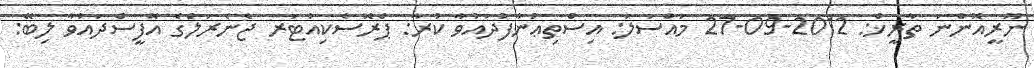
ނޫރީއޮންނަ ތާރީޚް: 2012-09-27 މައްސަލަ: އިސްތިޢުނާފުދައުވާ ކުރާ: ޕްރޮސެކިއުޓަރ ޖެނެރަލްގެ އޮފީސްދައުވާ ލިބޭ: